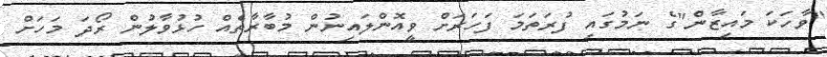
"ވާހަަކަ މައިޒާން"ގެ ނަމުގައި ފުރަތަމަ ފަހަރަށް ވީއޮންލައިނުން މުބާރާތެއް ހުޅުވާލުން ރޯދަ މަހަށް